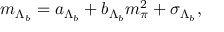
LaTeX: m _ { \Lambda _ { b } } = a _ { \Lambda _ { b } } + b _ { \Lambda _ { b } } m _ { \pi } ^ { 2 } + \sigma _ { \Lambda _ { b } } ,